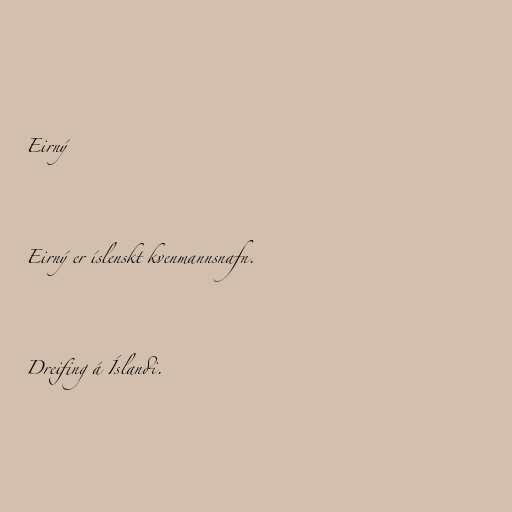
Eirný

Eirný er íslenskt kvenmannsnafn.

Dreifing á Íslandi.